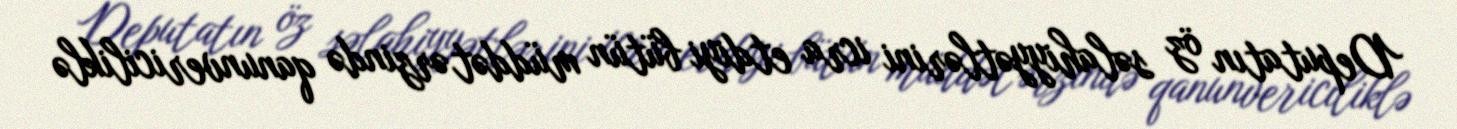
Deputatın öz səlahiyyətlərini icra etdiyi bütün müddət ərzində qanunvericiliklə